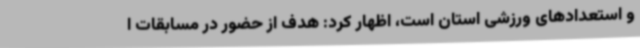
و استعدادهای ورزشی استان است، اظهار کرد: هدف از حضور در مسابقات ا